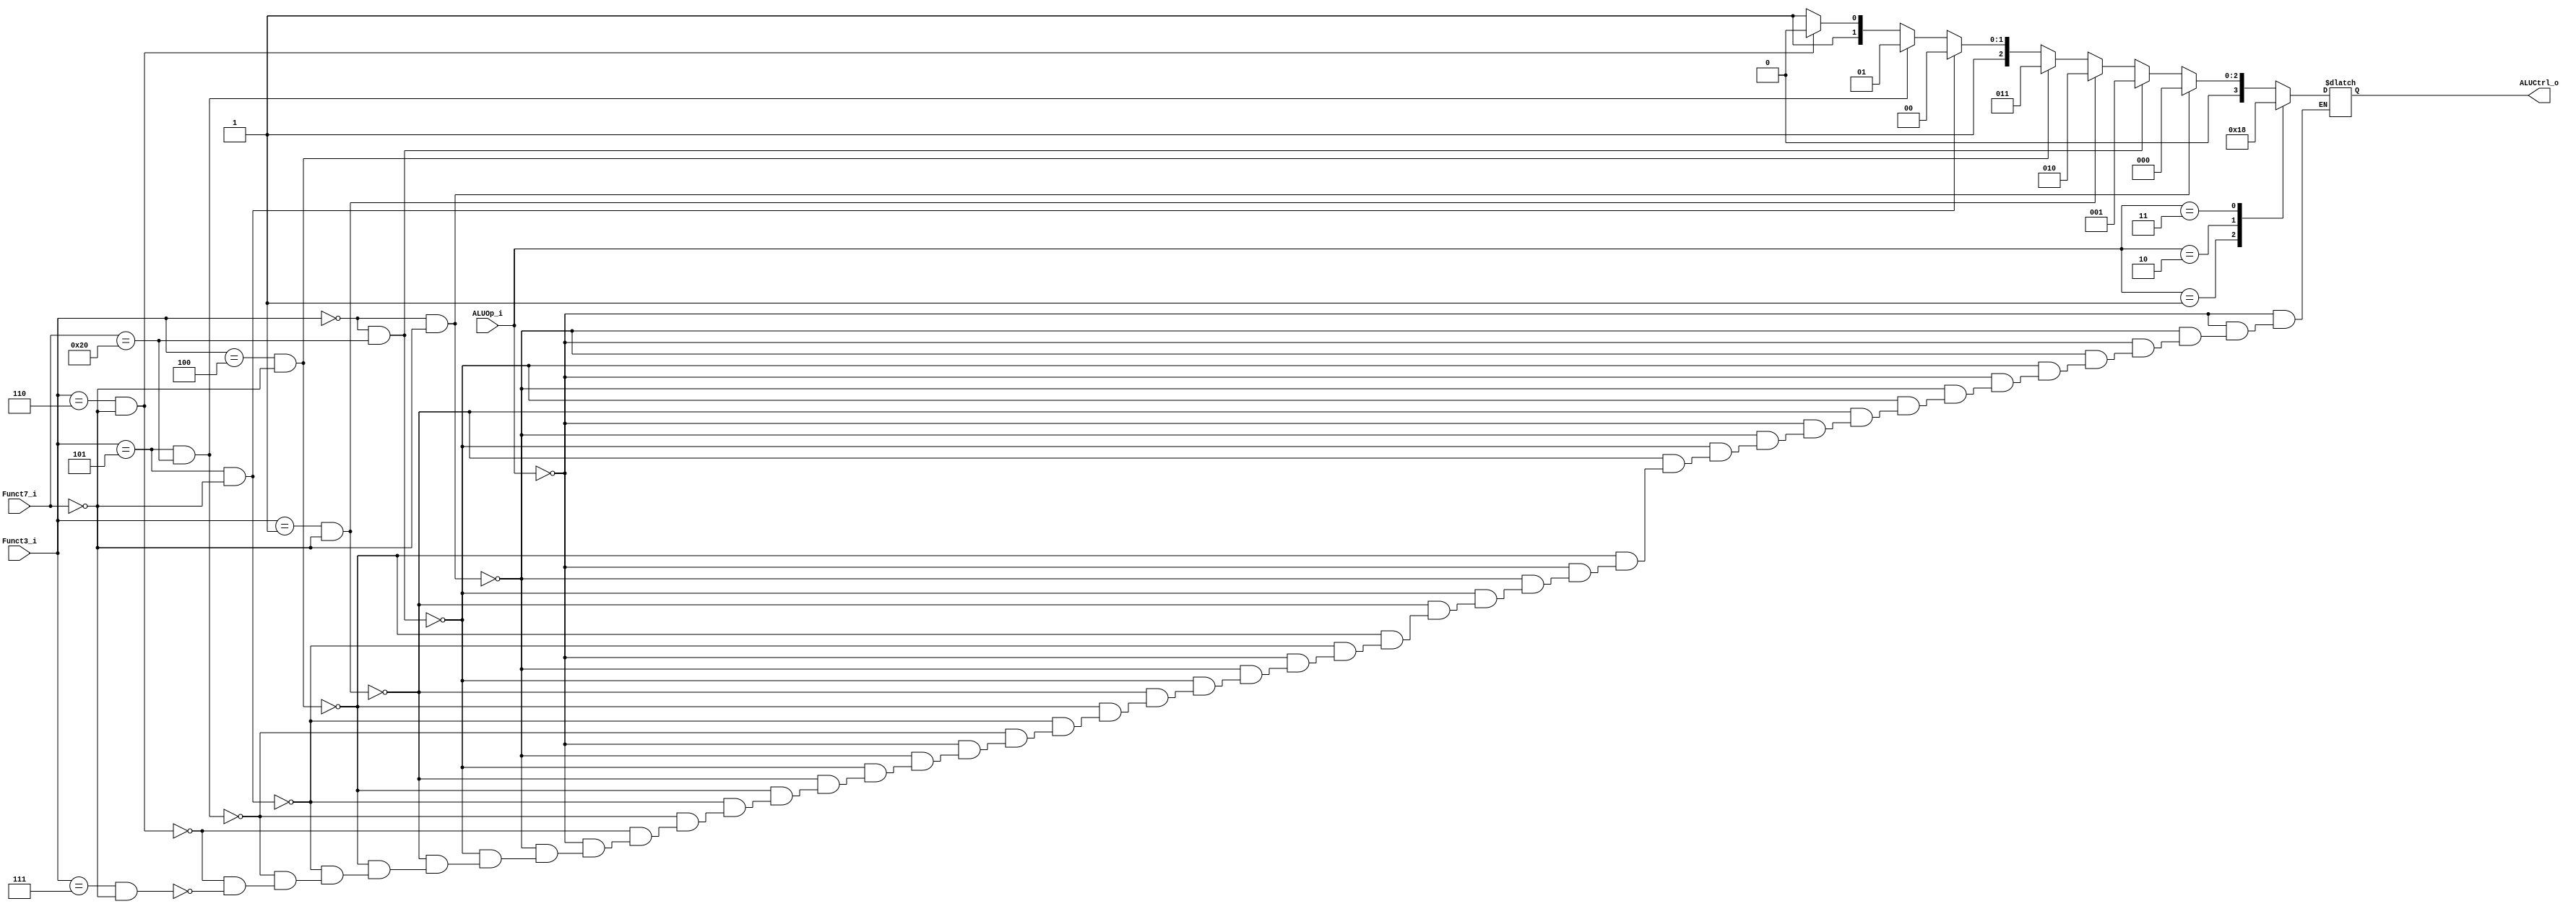
module ALU_control (
	input [1:0] ALUOp_i,
	input [2:0] Funct3_i,
	input [6:0] Funct7_i,
	
	output reg [3:0] ALUCtrl_o
);

	always @(*) begin
		case (ALUOp_i)
			2'b00: begin
				     if ( (Funct3_i==3'b000) && (Funct7_i==7'b0000000) ) ALUCtrl_o = 4'b0000; // Add
				else if ( (Funct3_i==3'b000) && (Funct7_i==7'b0100000) ) ALUCtrl_o = 4'b0001; // Sub

				else if ( (Funct3_i==3'b001) && (Funct7_i==7'b0000000) ) ALUCtrl_o = 4'b0010; // Sll
				else if ( (Funct3_i==3'b100) && (Funct7_i==7'b0000000) ) ALUCtrl_o = 4'b0011; // Xor
				else if ( (Funct3_i==3'b101) && (Funct7_i==7'b0000000) ) ALUCtrl_o = 4'b0100; // Srl
				else if ( (Funct3_i==3'b101) && (Funct7_i==7'b0100000) ) ALUCtrl_o = 4'b0101; // Sra
				else if ( (Funct3_i==3'b110) && (Funct7_i==7'b0000000) ) ALUCtrl_o = 4'b0110; // Or
				else if ( (Funct3_i==3'b111) && (Funct7_i==7'b0000000) ) ALUCtrl_o = 4'b0111; // And
			end

			2'b01: ALUCtrl_o = 4'b0000; // Load-Store: Add
			2'b10: ALUCtrl_o = 4'b0001; // Cond. Branch: Sub
			2'b11: ALUCtrl_o = 4'b1000; // LUI: Shift left 12 bits

			default: ALUCtrl_o = 4'b0000; 

		endcase
	end

endmodule